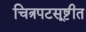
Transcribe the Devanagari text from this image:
चित्रपटसूष्टीत